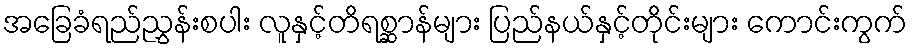
အခြေခံရည်ညွှန်းစပါး လူနှင့်တိရစ္ဆာန်များ ပြည်နယ်နှင့်တိုင်းများ ကောင်းကွက်